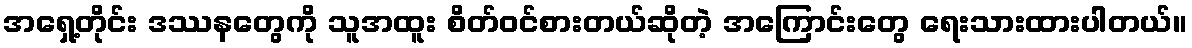
အရှေ့တိုင်း ဒဿနတွေကို သူအထူး စိတ်ဝင်စားတယ်ဆိုတဲ့ အကြောင်းတွေ ရေးသားထားပါတယ်။